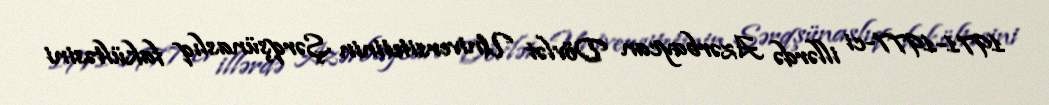
1971-1977-ci illərdə Azərbaycan Dövlət Universitetinin Şərqşünaslıq fakültəsini